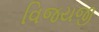
વિજયજી